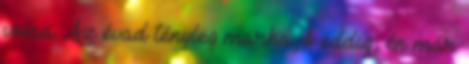
volna. Az évad tényleg marha jó eddig, én már